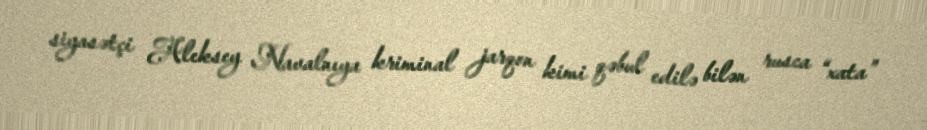
siyasətçi Aleksey Navalnıya kriminal jarqon kimi qəbul edilə bilən rusca “xata”